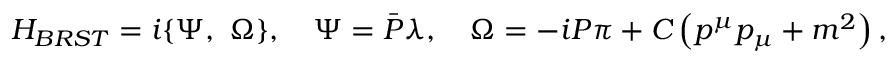
{ H } _ { B R S T } = i \{ { \Psi } , \ { \Omega } \} , \quad { \Psi } = { { \bar { \cal P } } } { \lambda } , \quad { \Omega } = - i { { \cal P } } { \pi } + { { \cal C } } \left( p ^ { \mu } p _ { \mu } + m ^ { 2 } \right) ,